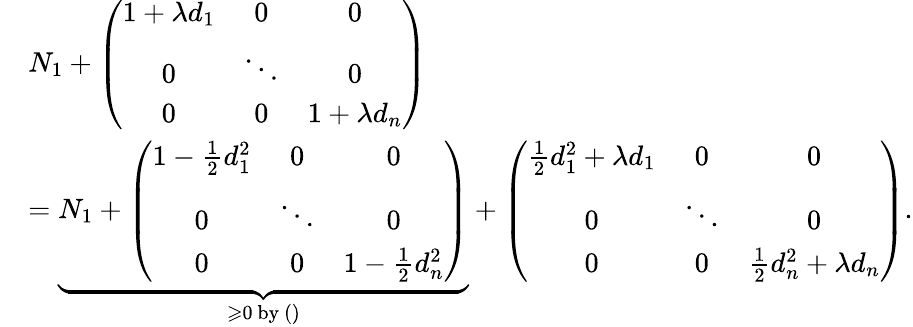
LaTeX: \begin{array}{rl}&{N_{1}+\left(\begin{array}{ccc}{1+\lambda d_{1}}&{0}&{0}\\ {0}&{\ddots}&{0}\\ {0}&{0}&{1+\lambda d_{n}}\end{array}\right)}\\ &{=\underbrace{N_{1}+\left(\begin{array}{ccc}{1-\frac{1}{2}d_{1}^{2}}&{0}&{0}\\ {0}&{\ddots}&{0}\\ {0}&{0}&{1-\frac{1}{2}d_{n}^{2}}\end{array}\right)}_{\geqslant 0\mathrm{~by~}()}+\left(\begin{array}{ccc}{\frac 12d_{1}^{2}+\lambda d_{1}}&{0}&{0}\\ {0}&{\ddots}&{0}\\ {0}&{0}&{\frac 12d_{n}^{2}+\lambda d_{n}}\end{array}\right).}\end{array}